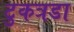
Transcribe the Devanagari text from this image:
टुकत्रडा